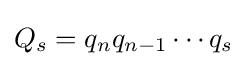
Q_{s}=q_{n}q_{n-1}\cdots q_{s}